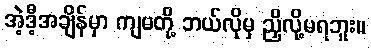
အဲ့ဒီ့အချိန်မှာ ကျမတို့ ဘယ်လိုမှ ညှိလို့မရဘူး။